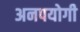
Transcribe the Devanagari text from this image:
अनपयोगी